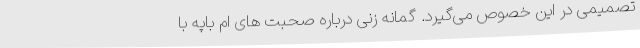
تصمیمی در این خصوص می‌گیرد. گمانه زنی درباره صحبت های ام باپه با